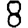
Digit: 8